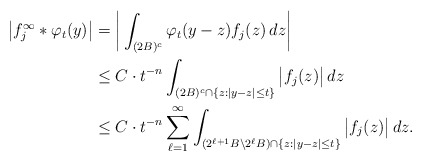
\begin{align*}\big|f^\infty_j*\varphi_t(y)\big|&=\bigg|\int_{(2B)^c}\varphi_t(y-z)f_j(z)\,dz\bigg|\\&\leq C\cdot t^{-n}\int_{(2B)^c\cap\{z:|y-z|\le t\}}\big|f_j(z)\big|\,dz\\&\leq C\cdot t^{-n}\sum_{\ell=1}^\infty\int_{(2^{\ell+1}B\backslash 2^{\ell}B)\cap\{z:|y-z|\le t\}}\big|f_j(z)\big|\,dz.\end{align*}